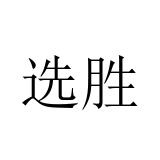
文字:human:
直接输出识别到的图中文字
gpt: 选胜